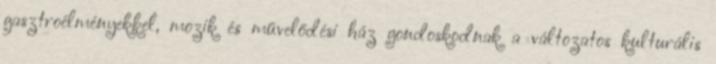
gasztroélményekkel, mozik és művelődési ház gondoskodnak a változatos kulturális